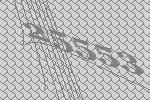
25553